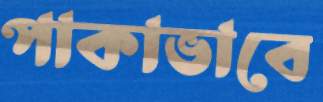
পাকাভাবে